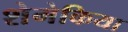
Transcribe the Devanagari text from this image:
शेमेकिया